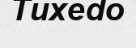
Tuxedo